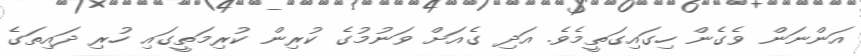
އަންނަން ވެގެން ހިގައިގަތީމެވެ. އަދި ގެއަށް ވަނުމުގެ ކުރިން ކުރިމަތީގައި ހުރި ދައިތަގެ